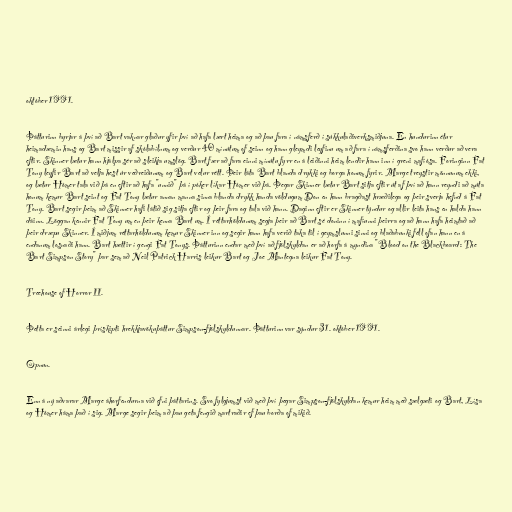
október 1991.

Þátturinn byrjar á því að Bart vaknar glaður yfir því að hafa lært heima og að þau fara í námsferð í súkkulaðiverksmiðjuna. En hundurinn étur
heimadæmin hans og Bart missir af skólabílnum og verður 40 mínútum of seinn og hann gleymdi leyfinu um að fara í námsferðina svo hann verður að vera
eftir. Skinner lætur hann hjálpa sér að sleikja umslög. Bart fær að fara einni mínútu fyrr en á leiðinni heim lendir hann inn í greni mafíósa. Foringinn Fat
Tony leyfir Bart að velja hest úr veðreiðunum og Bart velur rétt. Þeir láta Bart blanda drykki og borga honum fyrir. Marge treystir mönnunum ekki,
og lætur Hómer tala við þá en eftir að hafa "unnið" þá í póker líkar Hómer við þá. Þegar Skinner lætur Bart sitja eftir út af því að hann reyndi að múta
honum kemur Bart seint og Fat Tony lætur annan manna sinna blanda drykk handa völdugum Don en hann bragðast hræðilega og þeir sverja hefnd á Fat
Tony. Bart segir þeim að Skinner hafi látið sig sitja eftir og þeir fara og tala við hann. Daginn eftir er Skinner týndur og allir leita hans en halda hann
dáinn. Löggan kennir Fat Tony um en þeir kenna Bart um. Í réttarhöldunum segja þeir að Bart sé doninn í mafíunni þeirra og að hann hafa heimtað að
þeir dræpu Skinner. Í miðjum réttarhöldunum kemur Skinner inn og segir hann hafa verið taka til í geymslunni sinni og blaðabunki féll ofan hann en á
endanum losnaði hann. Bart hættir í gengi Fat Tonys. Þátturinn endar með því að fjölskyldan er að horfa á myndina "Blood on the Blackboard: The
Bart Simpson Story" þar sem að Neil Patrick Harris leikur Bart og Joe Mantegna leikur Fat Tony.

Treehouse of Horror II.

Þetta er seinni árlegi þrískipti hrekkjavökuþáttur Simpson-fjölskyldunnar. Þátturinn var sýndur 31. október 1991.

Opnun.

Enn á ný aðvarar Marge áhorfendurna við efni þáttarins. Svo fylgjumst við með því þegar Simpson-fjölskyldan kemur heim með sælgæti og Bart, Lísa
og Hómer háma það í sig. Marge segir þeim að þau geta fengið martraðir ef þau borða of mikið.